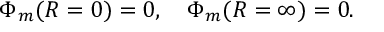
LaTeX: \Phi _ { m } ( R = 0 ) = 0 , \quad \Phi _ { m } ( R = \infty ) = 0 .